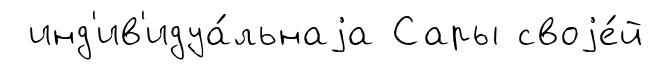
инд'ив'идуа́льнаjа Сары своjе́й